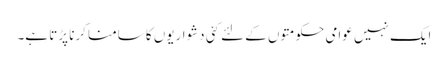
ایک نہیں عوامی حکومتوں کے لئے کئی دشواریوں کا سامنا کرنا پڑتا ہے۔